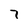
Character: 7